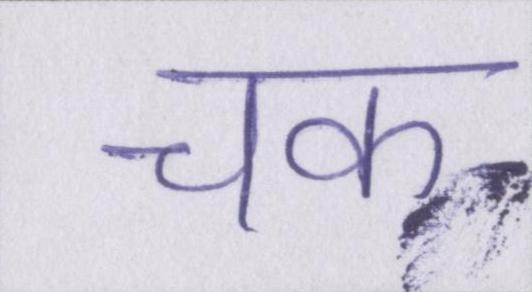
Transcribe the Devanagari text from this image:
चक